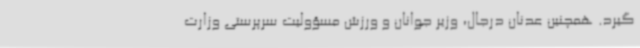
‌گیرد. همچنین عدنان درجال، وزیر جوانان و ورزش مسؤولیت سرپرستی وزارت